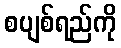
စပျစ်ရည်ကို